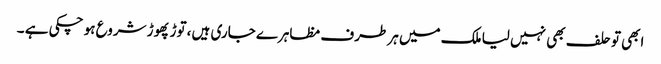
ابھی تو حلف بھی نہیں لیا ملک میں ہر طرف مظاہرے جاری ہیں ،توڑ پھوڑ شروع ہو چکی ہے ۔